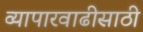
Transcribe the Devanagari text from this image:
व्यापारवाढीसाठी